Trukikaitis_Postimees, lk 78
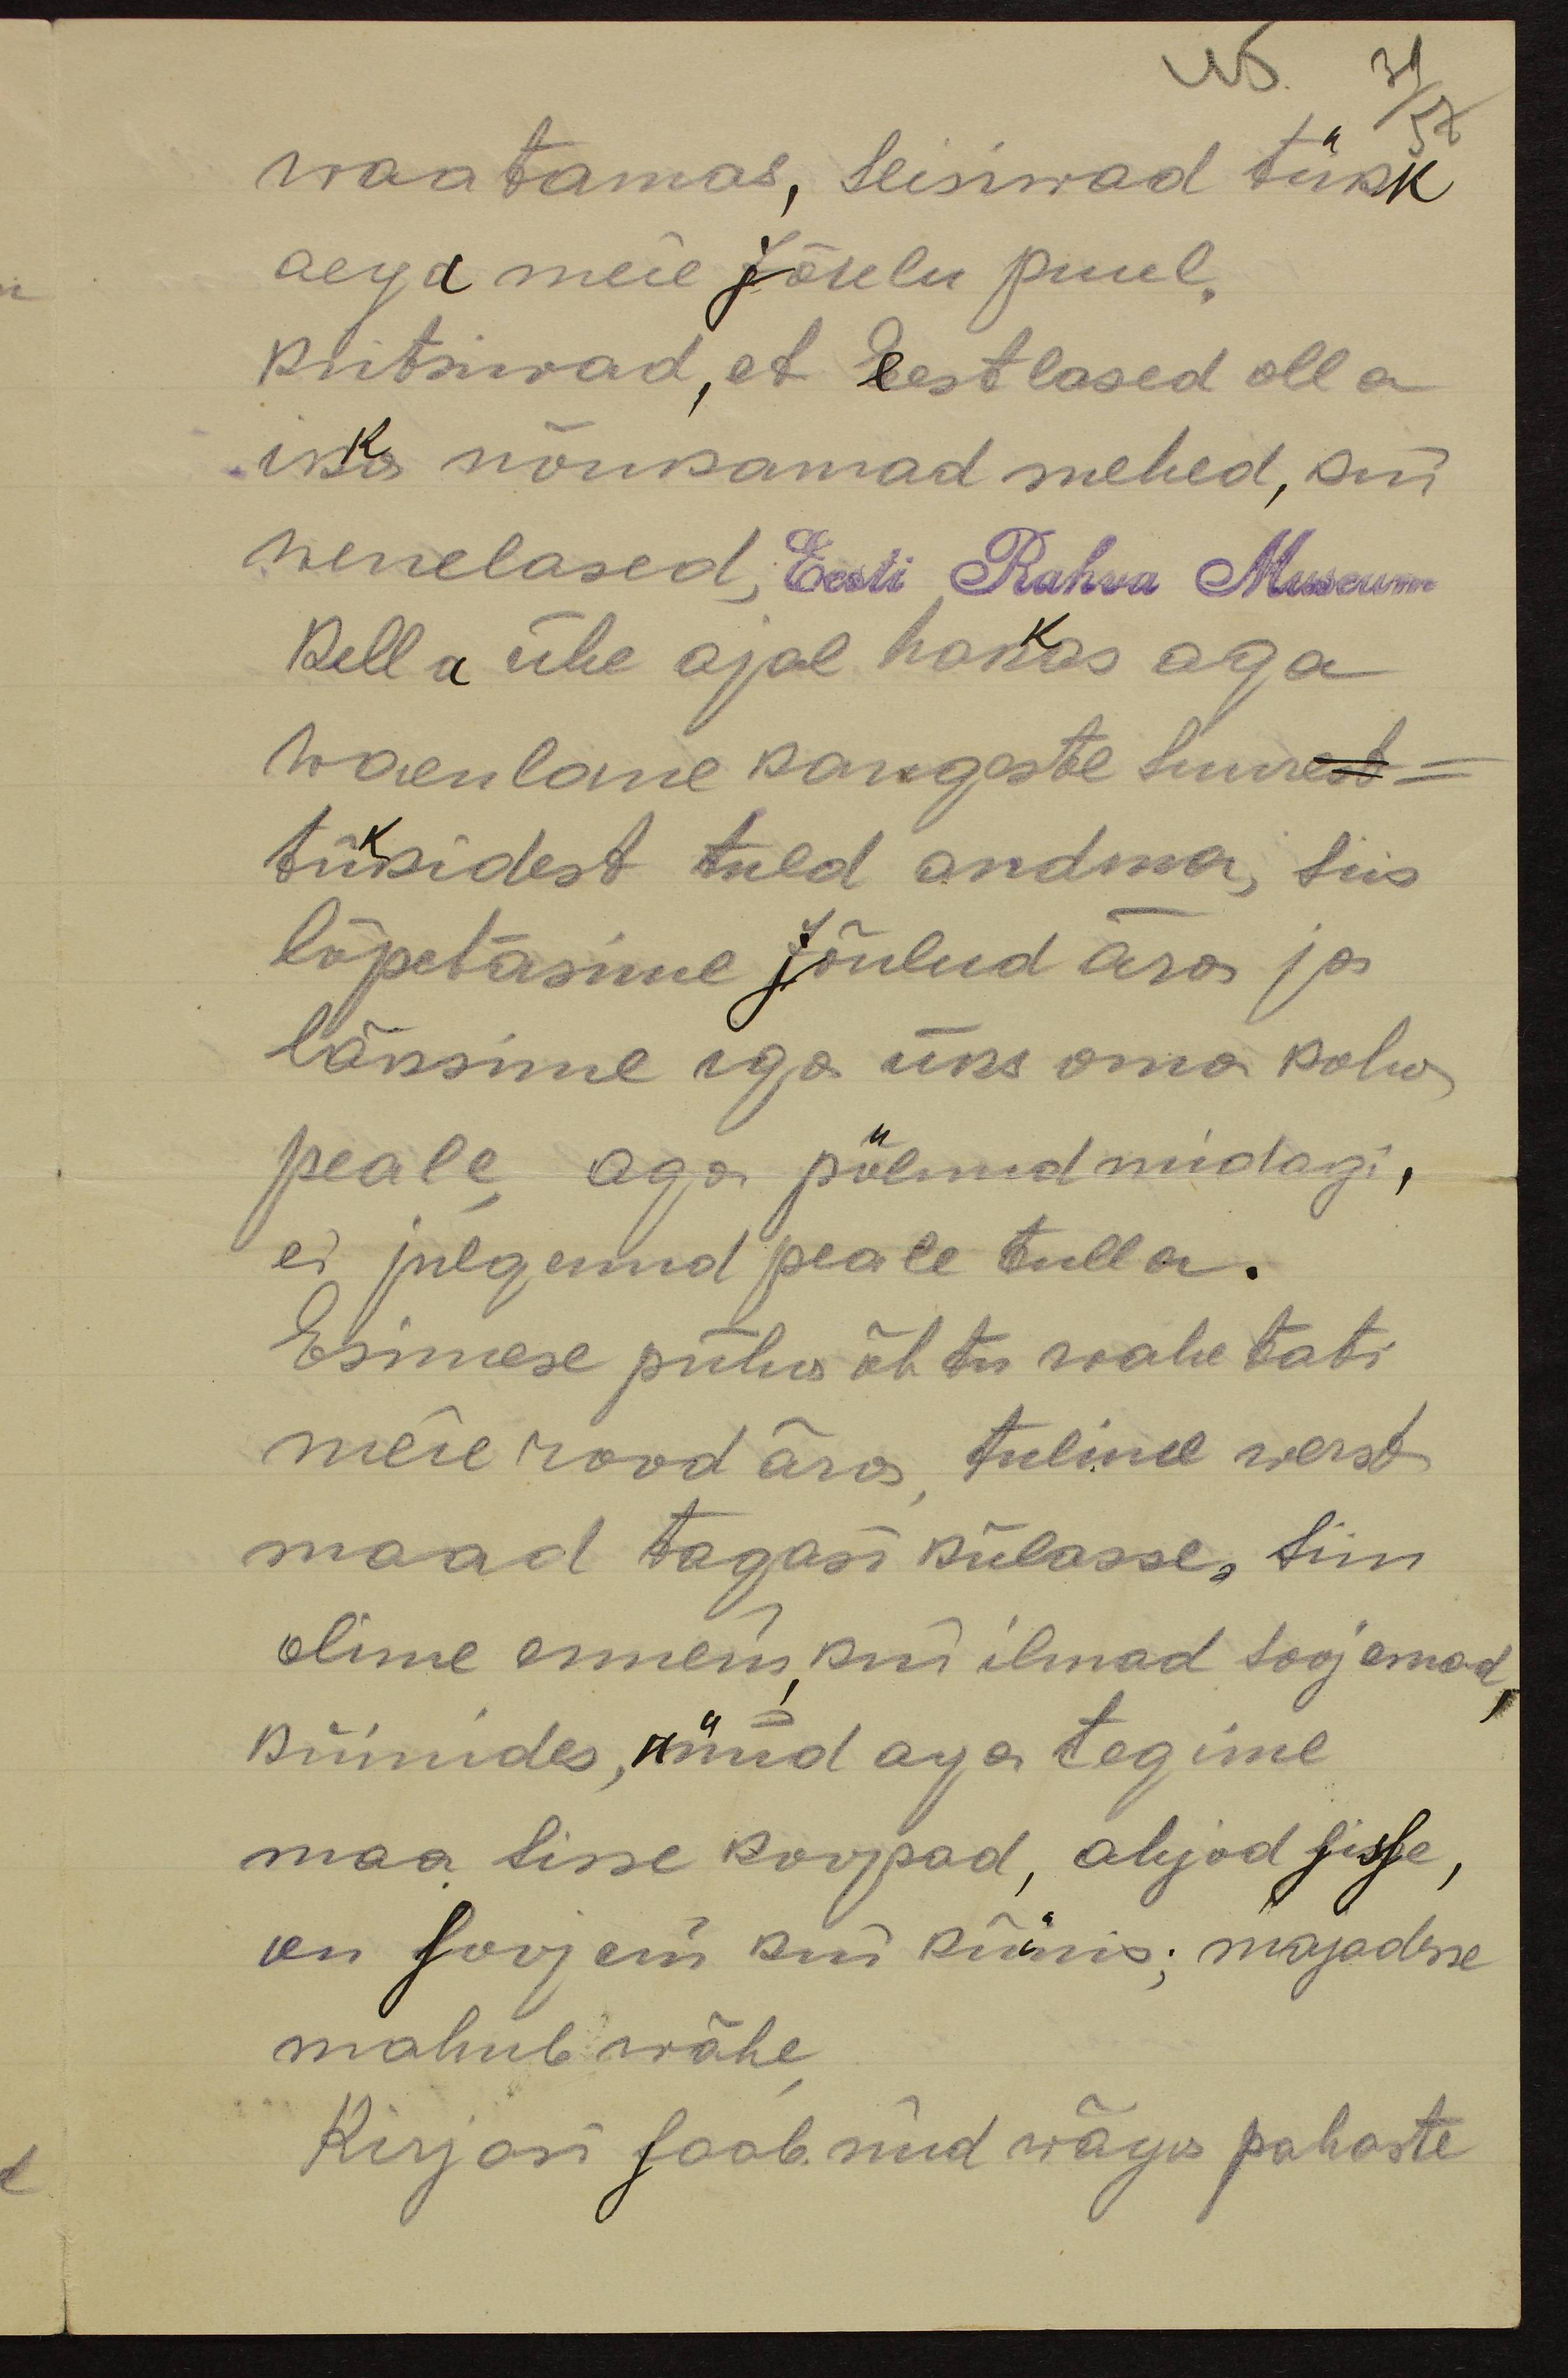
waatamas, seisiwad tükk
aega meie Jõulu puul,
Kiitsiwad, et eestlased olla
ikka nõukamad mehed, kui
wenelased, Eesti Rahva Museum
Kella ühe ajal hakas aga
waenlane kangeste suure
tükidest tuld andma, siis
lõpetasime jõulud ära ja
läksime iga üks oma koha
peale, aga polnud midagi,
ei julgenud peale tulla.
Esimese püha õhtu wahetati
meie rood ära tulime werst
maad tagasi külasse, siin
olime ennem, kui ilmad soojemad,
küünides, nüüd aga tegime
maa sisse koopad, ahjud sisse,
on soojem kui küünis; majadesse
mahub wähe
Kirjasi saab nüd wäga pahaste